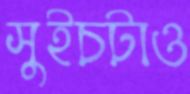
সুইচটাও